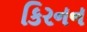
કિરનન